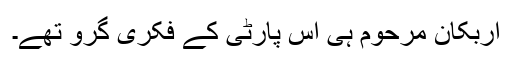
اربکان مرحوم ہی اس پارٹی کے فکری گرو تھے۔